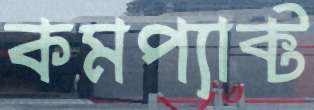
কমপ্যাক্ট